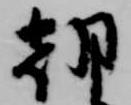
朝